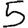
Digit: 5